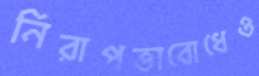
নিরাপত্তাবোধেও